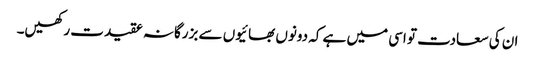
ان کی سعادت تو اسی میں ہے کہ دونوں بھائیوں سے بزرگانہ عقیدت رکھیں۔